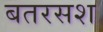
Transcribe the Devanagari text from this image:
बतरसश